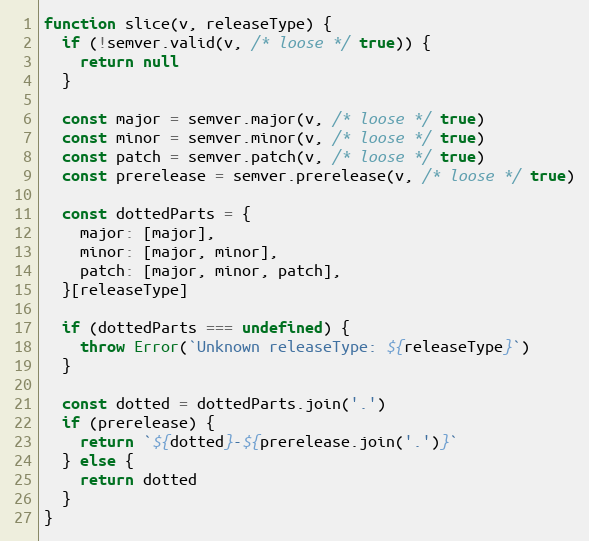
Language: JavaScript
function slice(v, releaseType) {
  if (!semver.valid(v, /* loose */ true)) {
    return null
  }

  const major = semver.major(v, /* loose */ true)
  const minor = semver.minor(v, /* loose */ true)
  const patch = semver.patch(v, /* loose */ true)
  const prerelease = semver.prerelease(v, /* loose */ true)

  const dottedParts = {
    major: [major],
    minor: [major, minor],
    patch: [major, minor, patch],
  }[releaseType]

  if (dottedParts === undefined) {
    throw Error(`Unknown releaseType: ${releaseType}`)
  }

  const dotted = dottedParts.join('.')
  if (prerelease) {
    return `${dotted}-${prerelease.join('.')}`
  } else {
    return dotted
  }
}